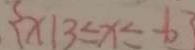
\{ x \vert 3 \leq x \leq - 6 \}